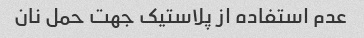
عدم استفاده از پلاستیک جهت حمل نان